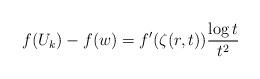
LaTeX: \begin{align*}f(U_{k})-f(w)=f'(\zeta(r,t))\frac{\log t}{t^2}\end{align*}